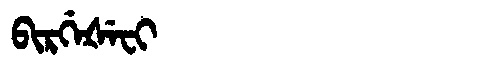
Manchu: ᠪᡳᡵᡤᡝᡧᡝᠸᡳ
Romanization: BIRGEŠEFI